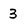
Character: 3